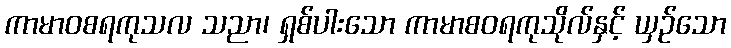
ကာမာဝစရကုသလ သညာ၊ ရှစ်ပါးသော ကာမာစဝရကုသိုလ်နှင့် ယှဉ်သော